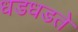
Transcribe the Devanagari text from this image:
धडधडते